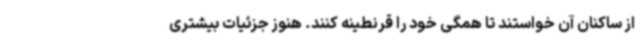
از ساکنان آن خواستند تا همگی خود را قرنطینه کنند. هنوز جزئیات بیشتری